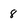
Character: 8